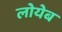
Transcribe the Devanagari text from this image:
लोयेब